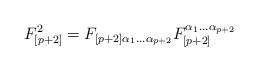
LaTeX: \begin{align*}F_{[p+2]}^2=F_{\left[ p+2\right]\alpha _{1}\dots \alpha _{p+2}}F_{[p+2] }^{\alpha _{1}\dots \alpha _{p+2}}\end{align*}